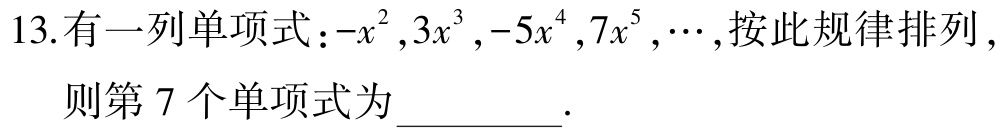
13.有一列单项式：\(-x^{2},3x^{3},-5x^{4},7x^{5},\cdots\)，按此规律排列，则第\(7\)个单项式为_________.